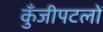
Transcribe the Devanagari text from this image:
कुँजीपटलों